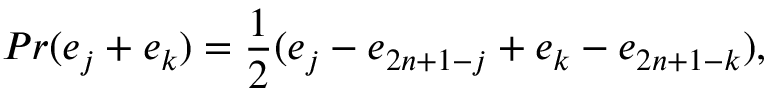
P r ( e _ { j } + e _ { k } ) = { \frac { 1 } { 2 } } ( e _ { j } - e _ { 2 n + 1 - j } + e _ { k } - e _ { 2 n + 1 - k } ) ,